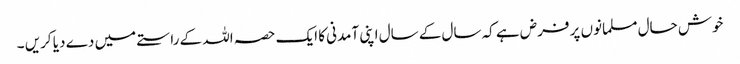
خوش حال مسلمانوں پر فرض ہے کہ سال کے سال اپنی آمدنی کا ایک حصہ اللہ کے راستے میں دے دیا کریں ۔